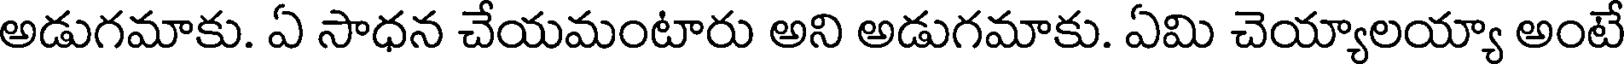
అడుగమాకు. ఏ సాధన చేయమంటారు అని అడుగమాకు. ఏమి చెయ్యాలయ్యా అంటే